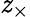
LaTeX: \mathit{z}_{\times}